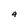
Character: a